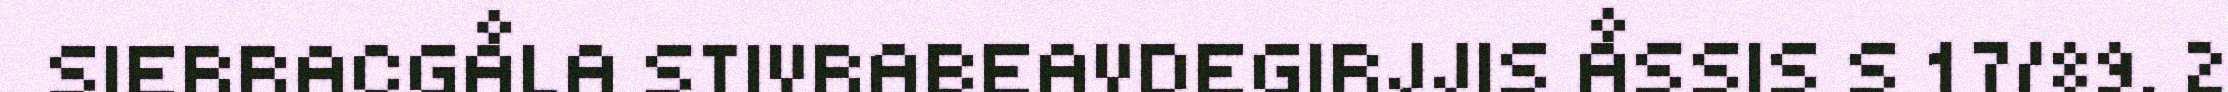
SIERRACGÅLA STIVRABEAVDEGIRJJIS ÅSSIS S 17/89. 2